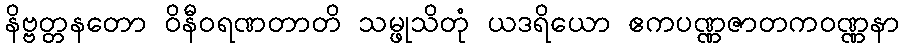
နိဗ္ဗတ္တနတော ဝိနီဝရဏတာတိ သမ္ဖုသိတုံ ယဒရိယော ဧကပဏ္ဏဇာတကဝဏ္ဏနာ